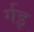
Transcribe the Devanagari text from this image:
र्गइ